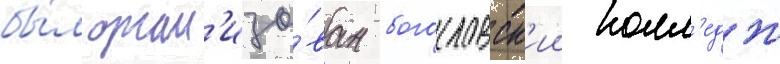
бы́л орган'изо́ван богословск'ии колл'едж